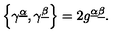
\left\{ \gamma ^ { \underline { { \alpha } } } , \gamma ^ { \underline { { \beta } } } \right\} = 2 g ^ { \underline { { \alpha } } \underline { { \beta } } } .